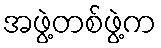
အဖွဲ့တစ်ဖွဲ့က